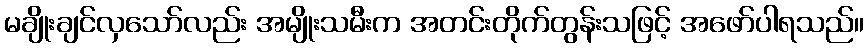
မချိုးချင်လှသော်လည်း အမျိုးသမီးက အတင်းတိုက်တွန်းသဖြင့် အဖော်ပါရသည်။